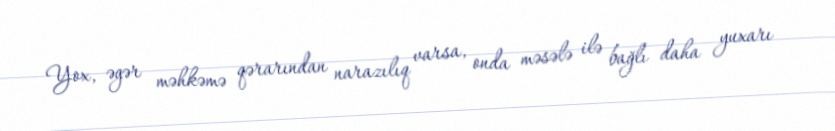
Yox, əgər məhkəmə qərarından narazılıq varsa, onda məsələ ilə bağlı daha yuxarı